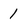
Character: I